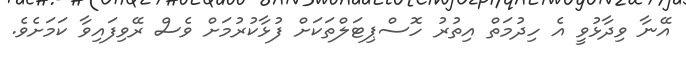
އޭނާ ވިދާޅުވީ އެ ހިދުމަތް އިތުރު ހޮސްޕިޓަލްތަކަށް ފުޅާކުރުމަށް ވެސް ރޭވިފައިވާ ކަމަށެވެ.